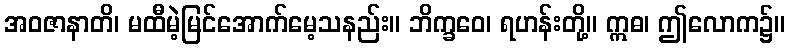
အဝဇာနာတိ၊ မထီမဲ့မြင်အောက်မေ့သနည်း။ ဘိက္ခဝေ၊ ရဟန်းတို့။ ဣဓ၊ ဤလောက၌။